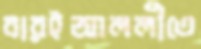
বারইআললীতে